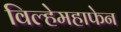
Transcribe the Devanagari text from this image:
विल्हेमहाफेन